Vital statistics of India. Vol. V, Reports of 1876 on armies & jails and on epidemic cholera
Year: 1876
Disease focus: Cholera
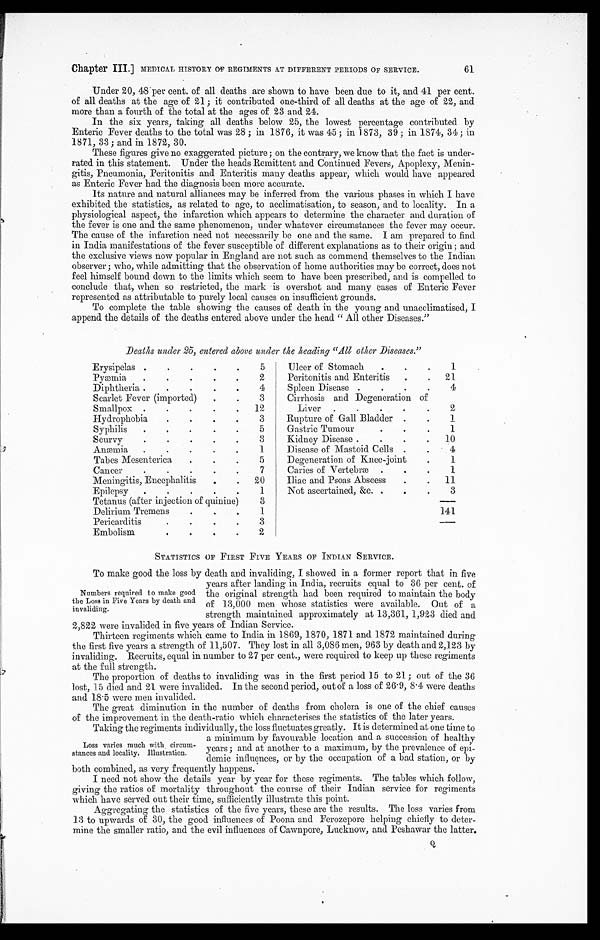
Chapter III.] MEDICAL HISTORY OF REGIMENTS AT DIFFERENT PERIODS OF SERVICE.
61
U Under 20, 48 per cent. of all deaths are shown to have been due to it, and 41 per cent.
of all deaths at the age of 21; it contributed one-third of all deaths at the age of 22, and
more than a fourth of the total at the ages of 23 and 24.
In the six years, taking all deaths below 25, the lowest percentage contributed by
Enteric Fever deaths to the total was 28; in 1876, it was 45; in 1873, 39; in 1874, 34; in.
1871, 33; and in 1872, 30.
These figures give no exaggerated picture; on the contrary, we know that the fact is under
-rated in this statement. Under the heads Remittent and Continued Fevers, Apoplexy, Menin
- g i t i s , P n e u m o n i a , P e r i t o n i t i s a n d E n t e r i t i s m a n y d e a t h s a p p e a r , w h i c h w o u l d h a v e a p p e a r e d
as Enteric Fever had the diagnosis been more accurate.
Its nature and natural alliances may be inferred from the various phases in which I have
exhibited the statistics, as related to age, to acclimatisation, to season, and to locality. In a
physiological aspect, the infarction which appears to determine the character and duration of
the fever is one and the same phenomenon, under whatever circumstances the fever may occur.
The cause of the infarction need not necessarily be one and the same. I am prepared to find
in India manifestations of the fever susceptible of different explanations as to their origin; and
the exclusive views now popular in England are not such as commend themselves to the Indian
observer; who, while admitting that the observation of home authorities may be correct, does not
feel himself bound down to the limits which seem to have been prescribed, and is compelled to
conclude that, when so restricted, the mark is overshot and many eases of Enteric Fever
represented as attributable to purely local causes on insufficient grounds.
To complete the table showing the causes of death in the young and unacclimatised, I
append the details of the deaths entered above under the head "All other Diseases."
,
Deaths under 25, entered above under the heading "All other Diseases."
Erysipelas
5
Ulcer of Stomach
1
Pyæmia
2
Peritonitis and Enteritis
21
D i p h t h e r i a
4
Spleen Disease
4
Scarlet Fever (imported)
3
Cirrhosis and Degeneration of
Liver
2
S m a l l p o x
12
Liver
2
H y d r o p h o b i a
3
Rupture of Gall Bladder
1
Syphilis
5
Gastric Tumour
1
S c u r v y
3
K i d n e y D i s e a s e
10
Anæmia
1
Disease of Mastoid Cells
4
T a b e s M e s e n t e r i c a
5
Degeneration of Knee-joint
1
Cancer
7
Caries of Vertebræ
1
Meningitis, Encephalitis
20
Iliac and Psoas Abscess
11
Epilepsy
1
Not ascertained, &c.
3
Tetanus (after injection of quinine)
3
D e l i r i u m T r e m e n s
1
141
P e r i c a r d i t i s
3
Embolism
2
STATISTICS OF FIRST FIVE YEARS OF INDIAN SERVICE.
To make good the loss by death and invaliding, I showed in a former report that in five
years after landing in India, recruits equal to 36 per cent. of
the original strength had been required to maintain the body
of 13,000 men whose statistics were available. Out of a
strength maintained approximately at 13,361, 1,923 died and
2,822 were invalided in five years of Indian Service.
Thirteen regiments which came to India in 1869, 1870, 1871 and 1872 maintained during
the first five years a strength of 11,507. They lost in all 3,086 men, 963 by death and 2,123 by
invaliding. Recruits, equal in number to 27 per cent., were required to keep up these regiments
at the full strength.
The proportion of deaths to invaliding was in the first period 15 to 21; out of the 36
lost, 15 died and 21 were invalided. In the second period, out of a loss of 26.9, 8 . 4 were deaths
and 18 . 5 were men invalided.
The great diminution in the number of deaths from cholera is one of the chief causes
of the improvement in the death-ratio which characterises the statistics of the later years.
Taking the regiments individually, the loss fluctuates greatly. It is determined at one time to
a minimum by favourable location and a succession of healthy
years; and at another to a maximum, by the prevalence of epi
-demic influences, or by the occupation of a bad station, or by
both combined, as very frequently happens.
I need not show the details year by year for these regiments. The tables which follow,
giving the ratios of mortality throughout the course of their Indian service for regiments
which have served out their time, sufficiently illustrate this point.
Aggregating the statistics of the five years, these are the results. The loss varies from
13 to upwards of 30, the good influences of Poona and Ferozepore helping chiefly to deter
- m i n e t h e s m a l l e r r a t i o , a n d t h e e v i l i n f l u e n c e s o f C a w n p o r e , L u c k n o w , a n d P e s h a w a r t h e l a t t e r .
Numbers required to make good
the Loss in Five Years by death and
invaliding.
Loss varies much with circum
-stances and locality. Illustration.
Q